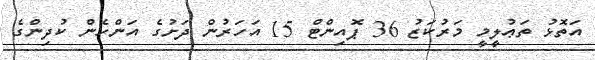
އަތޮޅު ތަޢުލީމީ މަރުކަޒު 36 ޕޮއިންޓް 15 އަހަރުން ދަށުގެ އަންހެން ކުދިންގެ